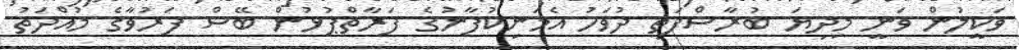
ވަކީލުން ވަނީ މިދިޔަ ބުރާސްފަތި ދުވަހު އެމަނިކުފާނުގެ ފަރާތްޕުޅުން ބޭސް ފަރުވާގެ މުއްދަތު